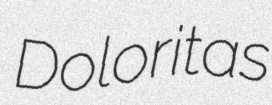
Doloritas